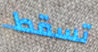
تسقط